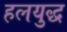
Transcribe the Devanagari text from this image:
हलयुद्ध